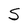
Character: S